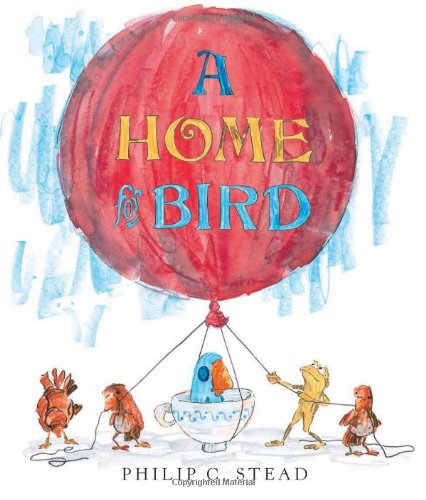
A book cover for A Home for Bird; Philip C. Stead; Children's Books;